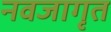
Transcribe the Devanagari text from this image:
नवजागृत